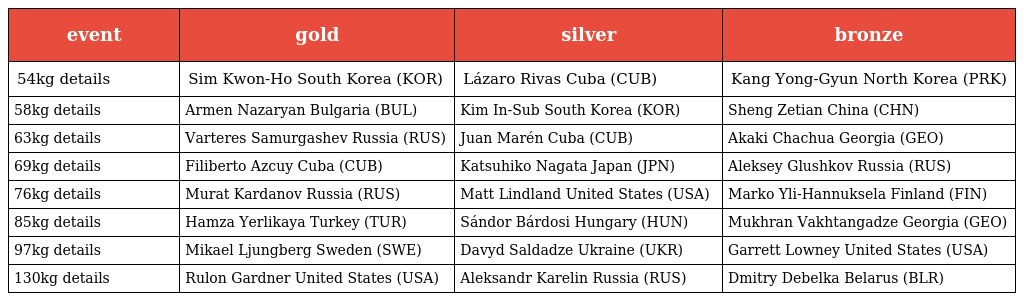
| event | gold | silver | bronze |
 | --- | --- | --- | --- |
 | 54kg details | Sim Kwon-Ho South Korea (KOR) | Lázaro Rivas Cuba (CUB) | Kang Yong-Gyun North Korea (PRK) |
 | 58kg details | Armen Nazaryan Bulgaria (BUL) | Kim In-Sub South Korea (KOR) | Sheng Zetian China (CHN) |
 | 63kg details | Varteres Samurgashev Russia (RUS) | Juan Marén Cuba (CUB) | Akaki Chachua Georgia (GEO) |
 | 69kg details | Filiberto Azcuy Cuba (CUB) | Katsuhiko Nagata Japan (JPN) | Aleksey Glushkov Russia (RUS) |
 | 76kg details | Murat Kardanov Russia (RUS) | Matt Lindland United States (USA) | Marko Yli-Hannuksela Finland (FIN) |
 | 85kg details | Hamza Yerlikaya Turkey (TUR) | Sándor Bárdosi Hungary (HUN) | Mukhran Vakhtangadze Georgia (GEO) |
 | 97kg details | Mikael Ljungberg Sweden (SWE) | Davyd Saldadze Ukraine (UKR) | Garrett Lowney United States (USA) |
 | 130kg details | Rulon Gardner United States (USA) | Aleksandr Karelin Russia (RUS) | Dmitry Debelka Belarus (BLR) |